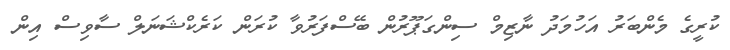
ކުރީގެ މެންބަރު އަހުމަދު ނާޒިމް ސިންގަޕޫރުން ބޭސްފަރުވާ ކުރަން ކަރެކްޝަނަލް ސާވިސް އިން